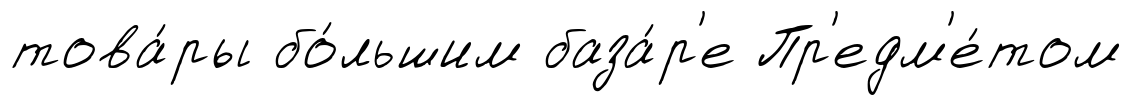
това́ры бо́льшим база́р'е Пр'едм'е́том